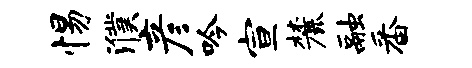
惕濮彦吟宣麓融番